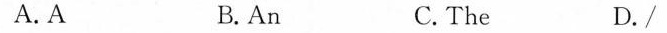
A. A B.An C.The D./